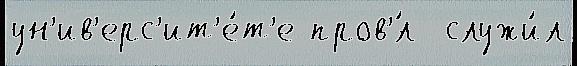
ун'ив'ерс'ит'е́т'е пров'́л  служи́л